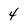
Character: 4